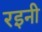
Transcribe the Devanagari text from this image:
रइनी